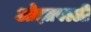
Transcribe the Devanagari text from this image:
ओझापल्ली